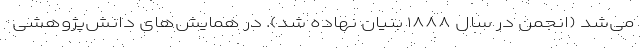
می‌شد (انجمن در سال ۱۸۸۸ بنیان نهاده شد). در همایش‌های دانش‌پژوهشی